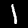
Digit: 1